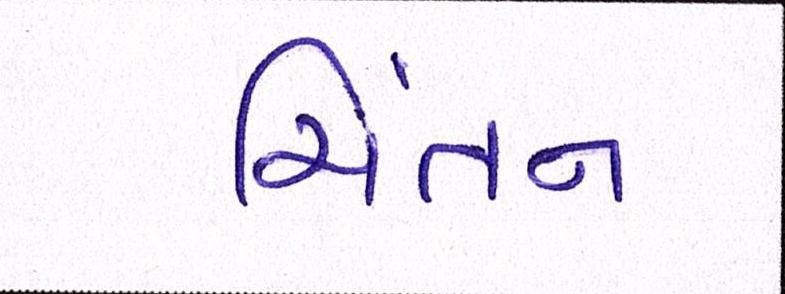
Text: ચિંતન